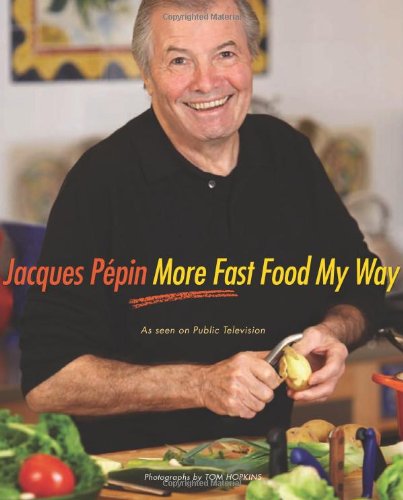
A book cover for Jacques PÃ©pin More Fast Food My Way; Jacques PÃ©pin; Cookbooks, Food & Wine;